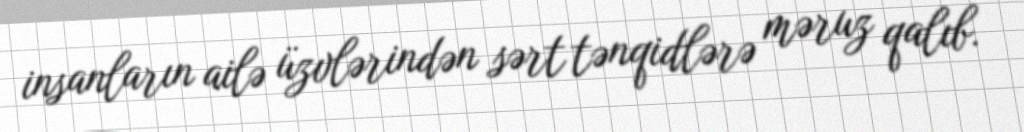
insanların ailə üzvlərindən sərt tənqidlərə məruz qalıb.